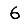
Digit: 6